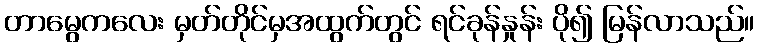
တာမွေကလေး မှတ်တိုင်မှအထွက်တွင် ရင်ခုန်နှုန်း ပို၍ မြန်လာသည်။